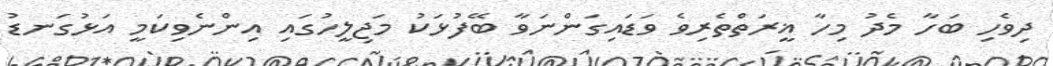
ދިވެހި ބަހާ މެދު މިހާ ޣީރަތްތެރިވެ ވަޑައިގަންނަވާ ބޭފުޅަކު މަޖިލީހުގައި އިންނެވިކަމީ އަޅުގަނޑު